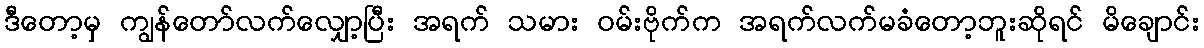
ဒီတော့မှ ကျွန်တော်လက်လျှော့ပြီး အရက် သမား ဝမ်းဗိုက်က အရက်လက်မခံတော့ဘူးဆိုရင် မိချောင်း